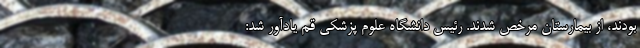
بودند، از بیمارستان مرخص شدند. رئیس دانشگاه علوم پزشکی قم یادآور شد: